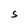
Character: S